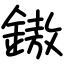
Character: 𨫼